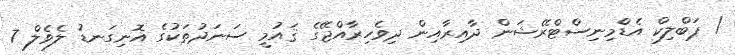
/ ޕަބްލިކް އެޑްމިނިސްޓްރޭޝަން ދާއިރާއިން ދިވެހިރާއްޖޭގެ ޤައުމީ ސަނަދުތަކުގެ އޮނިގަނޑު ލެވެލް 7